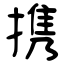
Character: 携